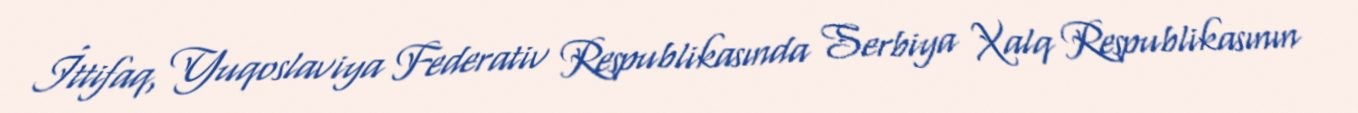
İttifaq, Yuqoslaviya Federativ Respublikasında Serbiya Xalq Respublikasının